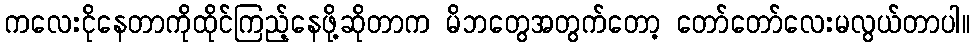
ကလေးငိုနေတာကိုထိုင်ကြည့်နေဖို့ဆိုတာက မိဘတွေအတွက်တော့ တော်တော်လေးမလွယ်တာပါ။